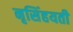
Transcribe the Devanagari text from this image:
नृसिंहयती